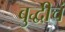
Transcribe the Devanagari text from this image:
बुद्धीचं